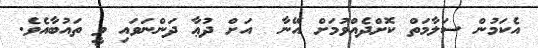
އެކަމުން ސަލާމަތް ކޮށްދެއްވުމަށް އޭނާ  އަށް ދުޢާ ދަންނަވައި ވީ ތައުބާއެވެ.